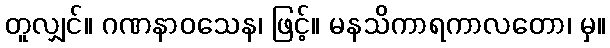
တူလျှင်။ ဂဏနာဝသေန၊ ဖြင့်။ မနသိကာရကာလတော၊ မှ။